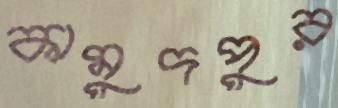
কামুদপুর